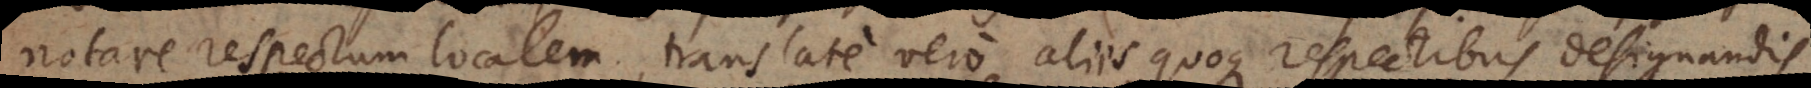
notare respectum localem, translate vero aliis quoque respectibus designandis